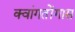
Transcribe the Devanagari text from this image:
क्वांगतोंगास